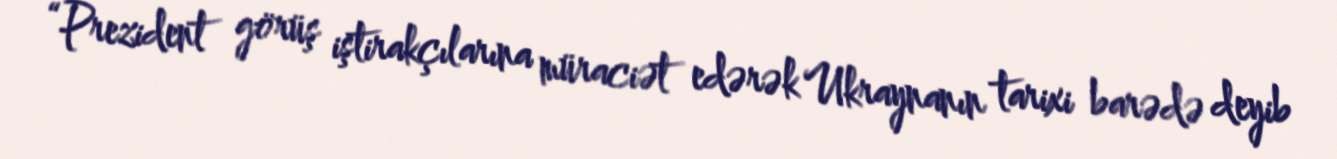
“Prezident görüş iştirakçılarına müraciət edərək Ukraynanın tarixi barədə deyib